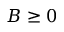
B \geq 0